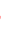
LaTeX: \! \! \! \! \! \! \! \! \! \! \! \ensuremath{\! \! \! \! \! \! \! \! \! \! \! \! \mathbb{R}}\! \! \! \! \! \! \! \! \! \! \! \! ^{\! }\! \! \! \! \! \! \! \! \! \! \! 2\! \! \! \! \! \! \! \! \! \! \! \! \setminus\! \! \! \! \! \! \! \! \! \! \! \! \{ \! \! \! \! \! \! \! \! \! \! \! \! (\! \! \! \! \! \! \! \! \! \! \! \! 0\! \! \! \! \! \! \! \! \! \! \! \! ,\! \! \! \! \! \! \! \! \! \! \! \! 0\! \! \! \! \! \! \! \! \! \! \! \! )\! \! \! \! \! \! \! \! \! \! \! \! \} \! \! \! \! \! \! \! \! \! \! \!